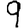
Digit: 9